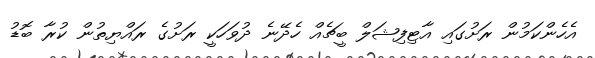
އެހެންކަމުން ރަށުގައި އާޓިފިޝަލް ބީޗެއް ހެދޭނެ ދުވަހަކީ ރަށުގެ ރައްޔިތުން ކުރާ ބޮޑު